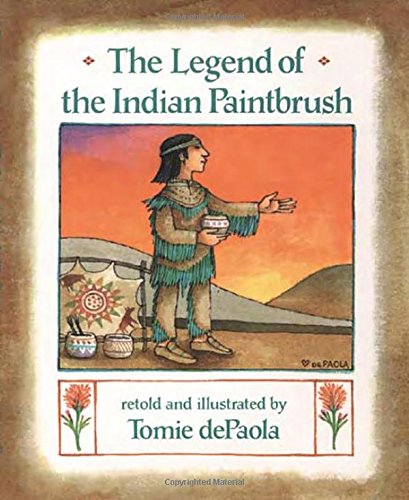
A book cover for The Legend of the Indian Paintbrush; Tomie dePaola; Politics & Social Sciences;